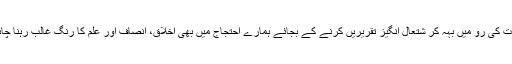
جذبات کی رو میں بہہ کر شتعال انگیز تقریریں کرنے کے بجائے ہمارے احتجاج میں بھی اخلاق، انصاف اور علم کا رنگ غالب رہنا چاہیے۔